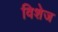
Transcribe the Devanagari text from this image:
विशेज